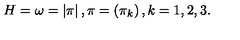
H = \omega = \left| \mathrm { \boldmath \pi } \right| , \mathrm { \boldmath \pi } = \left( \pi _ { k } \right) , k = 1 , 2 , 3 .